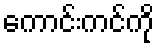
ကောင်းကင်ကို